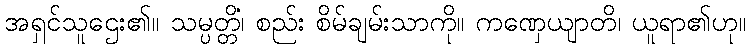
အရှင်သူဌေး၏။ သမ္ပတ္တိံ၊ စည်း စိမ်ချမ်းသာကို။ ကဏှေယျာတိ၊ ယူရာ၏ဟု။